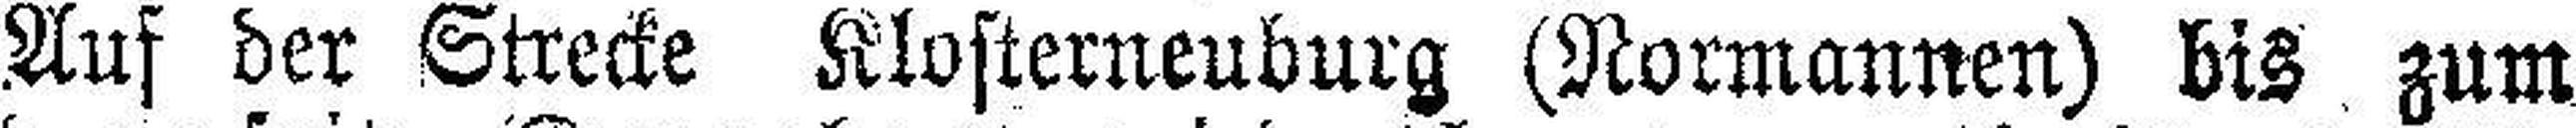
Auf der Strecke Klosterneuburg (Normannen) bis. zum